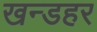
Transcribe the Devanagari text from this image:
खन्डहर